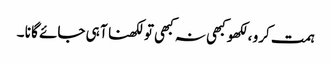
ہمت کرو ،لکھو کبھی نہ کبھی تو لکھنا آ ہی جائے گا نا ۔